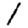
Digit: 1